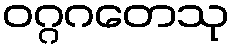
ဝဂ္ဂဂတေသု